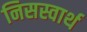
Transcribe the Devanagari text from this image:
निसस्वार्थ